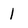
Character: l